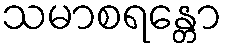
သမာစရန္တော